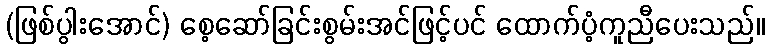
(ဖြစ်ပွါးအောင်) စေ့ဆော်ခြင်းစွမ်းအင်ဖြင့်ပင် ထောက်ပံ့ကူညီပေးသည်။